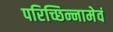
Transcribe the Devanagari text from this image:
परिच्छिन्नामेवं